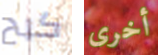
كبح أخرى